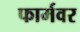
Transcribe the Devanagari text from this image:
फार्मवर